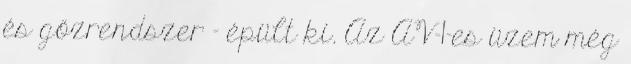
és gőzrendszer - épült ki. Az AV-1-es üzem még